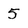
Character: 5